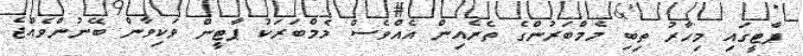
ޕާޓީގައި މިހާރު ތިބި މެމްބަރުންގެ ތެރެއިން އެއްވެސް މެމްބަރަކު ޕާޓީން ވަކިވާން ބޭނުންވެއްޖެ